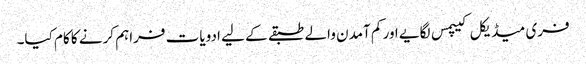
فری میڈیکل کیپمس لگایے اور کم آمدن والے طبقے کے لیے ادویات فراہم کرنے کا کام کیا۔